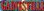
SANESHLL